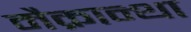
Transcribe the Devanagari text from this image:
मैक्रान्था